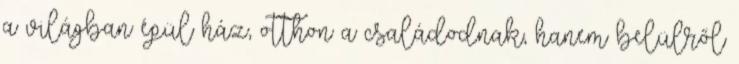
a világban épül ház, otthon a családodnak, hanem belülről